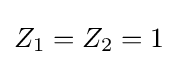
Z_{1}=Z_{2}=1